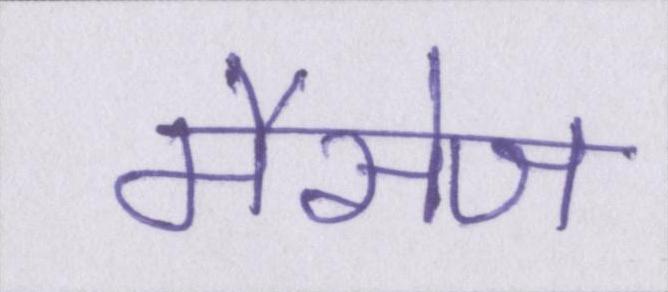
मैसेज